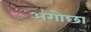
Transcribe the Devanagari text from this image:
अंगोछा